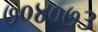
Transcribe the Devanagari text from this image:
७०४०७३